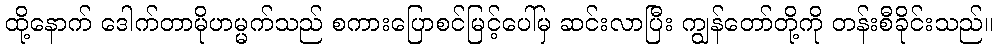
ထို့နောက် ဒေါက်တာမိုဟမ္မက်သည် စကားပြောစင်မြင့်ပေါ်မှ ဆင်းလာပြီး ကျွန်တော်တို့ကို တန်းစီခိုင်းသည်။